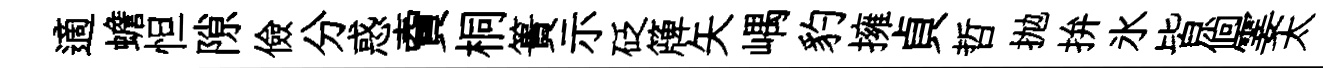
適蟾怛隙儉分惑𧶠桐簣示砭簰矢嵎豹擁貞哲抛拚氷皆倘霎太